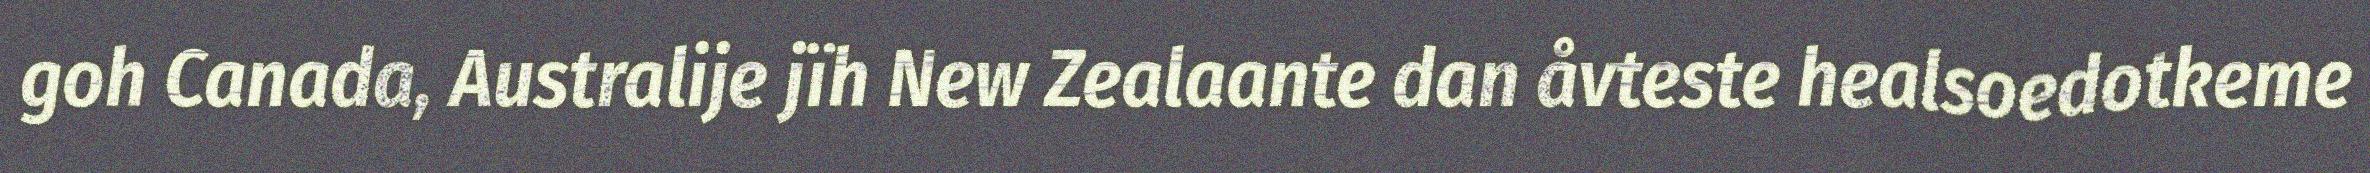
goh Canada, Australije jïh New Zealaante dan åvteste healsoedotkeme